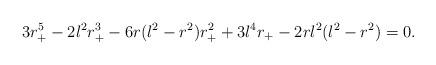
LaTeX: \begin{align*}3r_{+}^5-2l^2r_{+}^3-6r(l^2-r^2)r_{+}^2+3l^4r_{+}-2rl^2(l^2-r^2)=0.\end{align*}